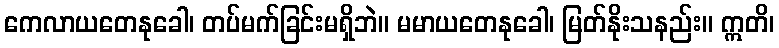
ကေလာယတေနုခေါ၊ တပ်မက်ခြင်းမရှိဘဲ။ မမာယတေနုခေါ၊ မြတ်နိုးသနည်း။ ဣတိ၊